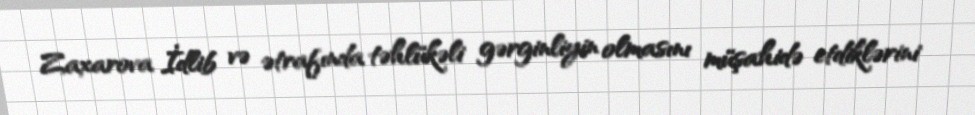
Zaxarova İdlib və ətrafında təhlükəli gərginliyin olmasını müşahidə etdiklərini